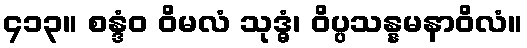
၄၁၃။ စန္ဒံဝ ဝိမလံ သုဒ္ဓံ၊ ဝိပ္ပသန္နမနာဝိလံ။